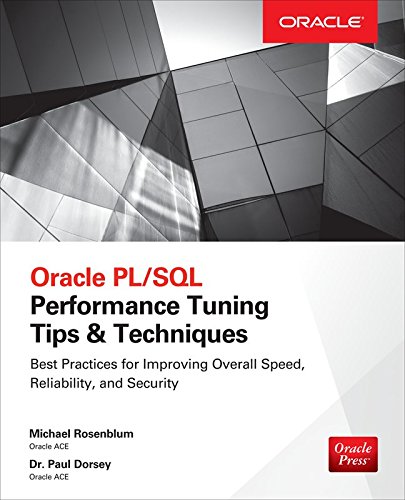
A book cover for Oracle PL/SQL Performance Tuning Tips & Techniques; Michael Rosenblum; Computers & Technology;